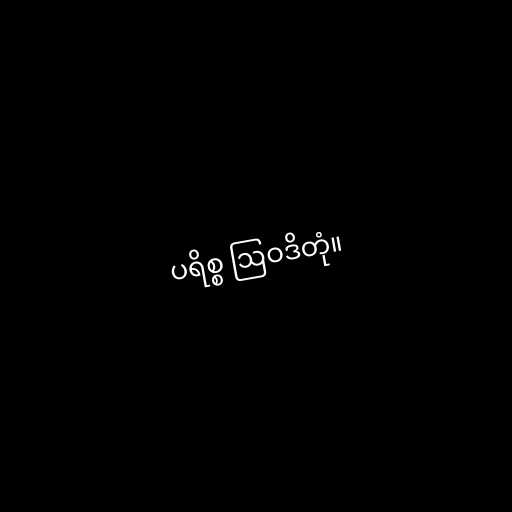
ပရိစ္စ ဩဝဒိတုံ။